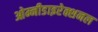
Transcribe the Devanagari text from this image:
ओम्नीडाइरेक्शनल